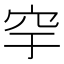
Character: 穻